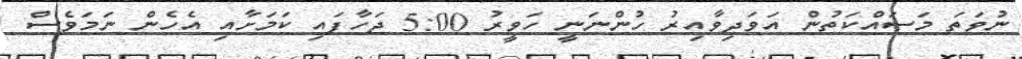
ނުވަތަ މަސައްކަތުން އަވަދިވާއިރު ހުންނަނީ ހަވީރު 5:00 ޖަހާފައި ކަމަށާއި އެހެން ނަމަވެސް